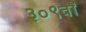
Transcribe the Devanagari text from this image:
३०९वॉ